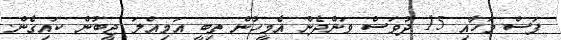
ފަސް މަހާއި 15 ދުވަސް ވަންދެން އެމީހުން ތިބީ އަމިއްލަ ޖީބުން ކައިގެން.